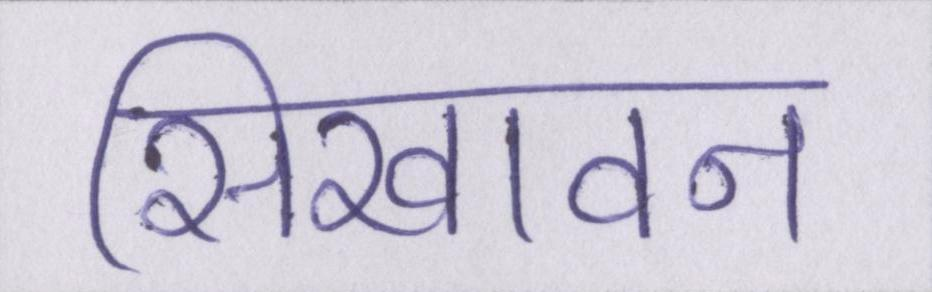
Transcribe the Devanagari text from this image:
सिखावन